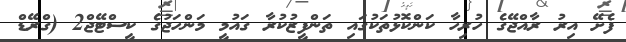
ފެށޭ އިރު ރާއްޖޭގެ ހުރިހާ ކަންކޮޅުތަކުގައި ތަންފީޒުކުރާ ގައުމީ މަންހަޖުގެ ކީސްޓޭޖް2 (ގްރޭޑް